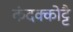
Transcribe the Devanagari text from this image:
कंदक्कोट्टै